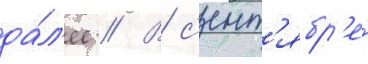
да́л'ее // В с'ент'ябр'е́